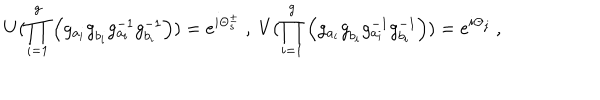
LaTeX: U ( \prod _ { i = 1 } ^ { g } \left( g _ { a _ { i } } ^ { ~ } g _ { b _ { i } } ^ { ~ } g _ { a _ { i } } ^ { - 1 } g _ { b _ { i } } ^ { - 1 } \right) ) = e ^ { i \Theta _ { s } ^ { \pm } } ~ , ~ V ( \prod _ { i = 1 } ^ { g } \left( g _ { a _ { i } } ^ { ~ } g _ { b _ { i } } ^ { ~ } g _ { a _ { i } } ^ { - 1 } g _ { b _ { i } } ^ { - 1 } \right) ) = e ^ { i \Theta _ { j } } ~ ,